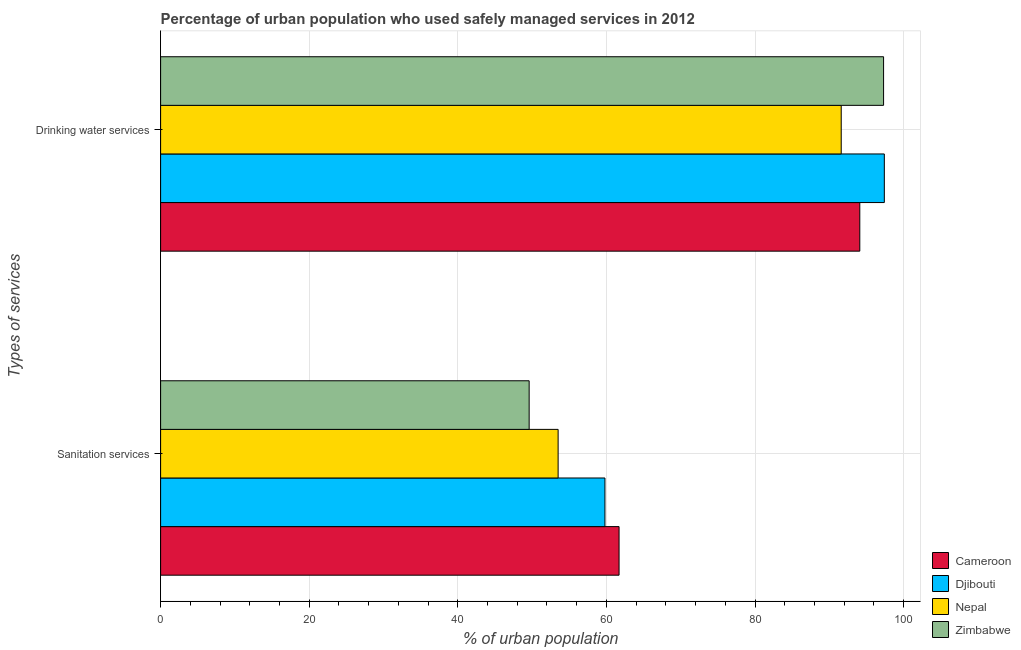
| Types of services | Cameroon | Djibouti | Nepal | Zimbabwe |
 | --- | --- | --- | --- | --- |
 | Sanitation services | 61.7 | 59.8 | 53.5 | 49.6 |
 | Drinking water services | 94.1 | 97.4 | 91.6 | 97.3 |